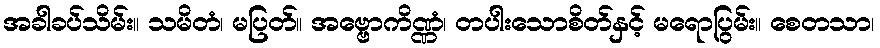
အခါခပ်သိမ်း။ သမိတံ၊ မပြတ်။ အဗ္ဗောကိဏ္ဏံ၊ တပါးသောစိတ်နှင့် မရောပြွမ်း။ စေတသာ၊